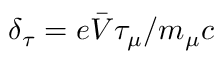
\delta _ { \tau } = e \bar { V } \tau _ { \mu } / m _ { \mu } c